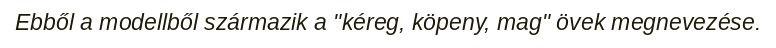
Ebből a modellből származik a "kéreg, köpeny, mag" övek megnevezése.